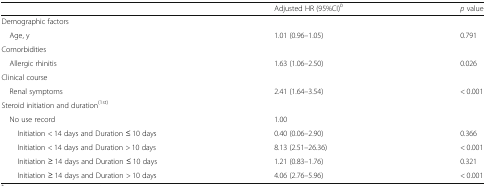
|  | Adjusted HR (95%CI)b | p value |
 | --- | --- | --- |
 | <COLSPAN=3> Demographic factors |
 | Age, y | 1.01 (0.96–1.05) | 0.791 |
 | <COLSPAN=3> Comorbidities |
 | Allergic rhinitis | 1.63 (1.06–2.50) | 0.026 |
 | <COLSPAN=3> Clinical course |
 | Renal symptoms | 2.41 (1.64–3.54) | < 0.001 |
 | <COLSPAN=3> Steroid initiation and duration(1st) |
 | No use record | 1.00 |  |
 | Initiation < 14 days and Duration ≤ 10 days | 0.40 (0.06–2.90) | 0.366 |
 | Initiation < 14 days and Duration > 10 days | 8.13 (2.51–26.36) | < 0.001 |
 | Initiation ≥ 14 days and Duration ≤ 10 days | 1.21 (0.83–1.76) | 0.321 |
 | Initiation ≥ 14 days and Duration > 10 days | 4.06 (2.76–5.96) | < 0.001 |